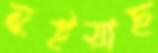
নুইয়াছ